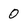
Character: 0